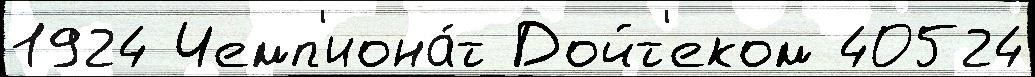
1924 Чемп'иона́т Дойт'еком 40524